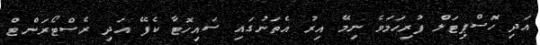
އަދި ހޮސްޕިޓަލް ފުރިހަމަވެ ނިމޭ އިރު އެތަނުގައި ސައިހޮޓާ ކެފޭ އަދި ރެސްޓޯރަންޓް